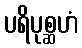
ပရိပုစ္ဆဟံ